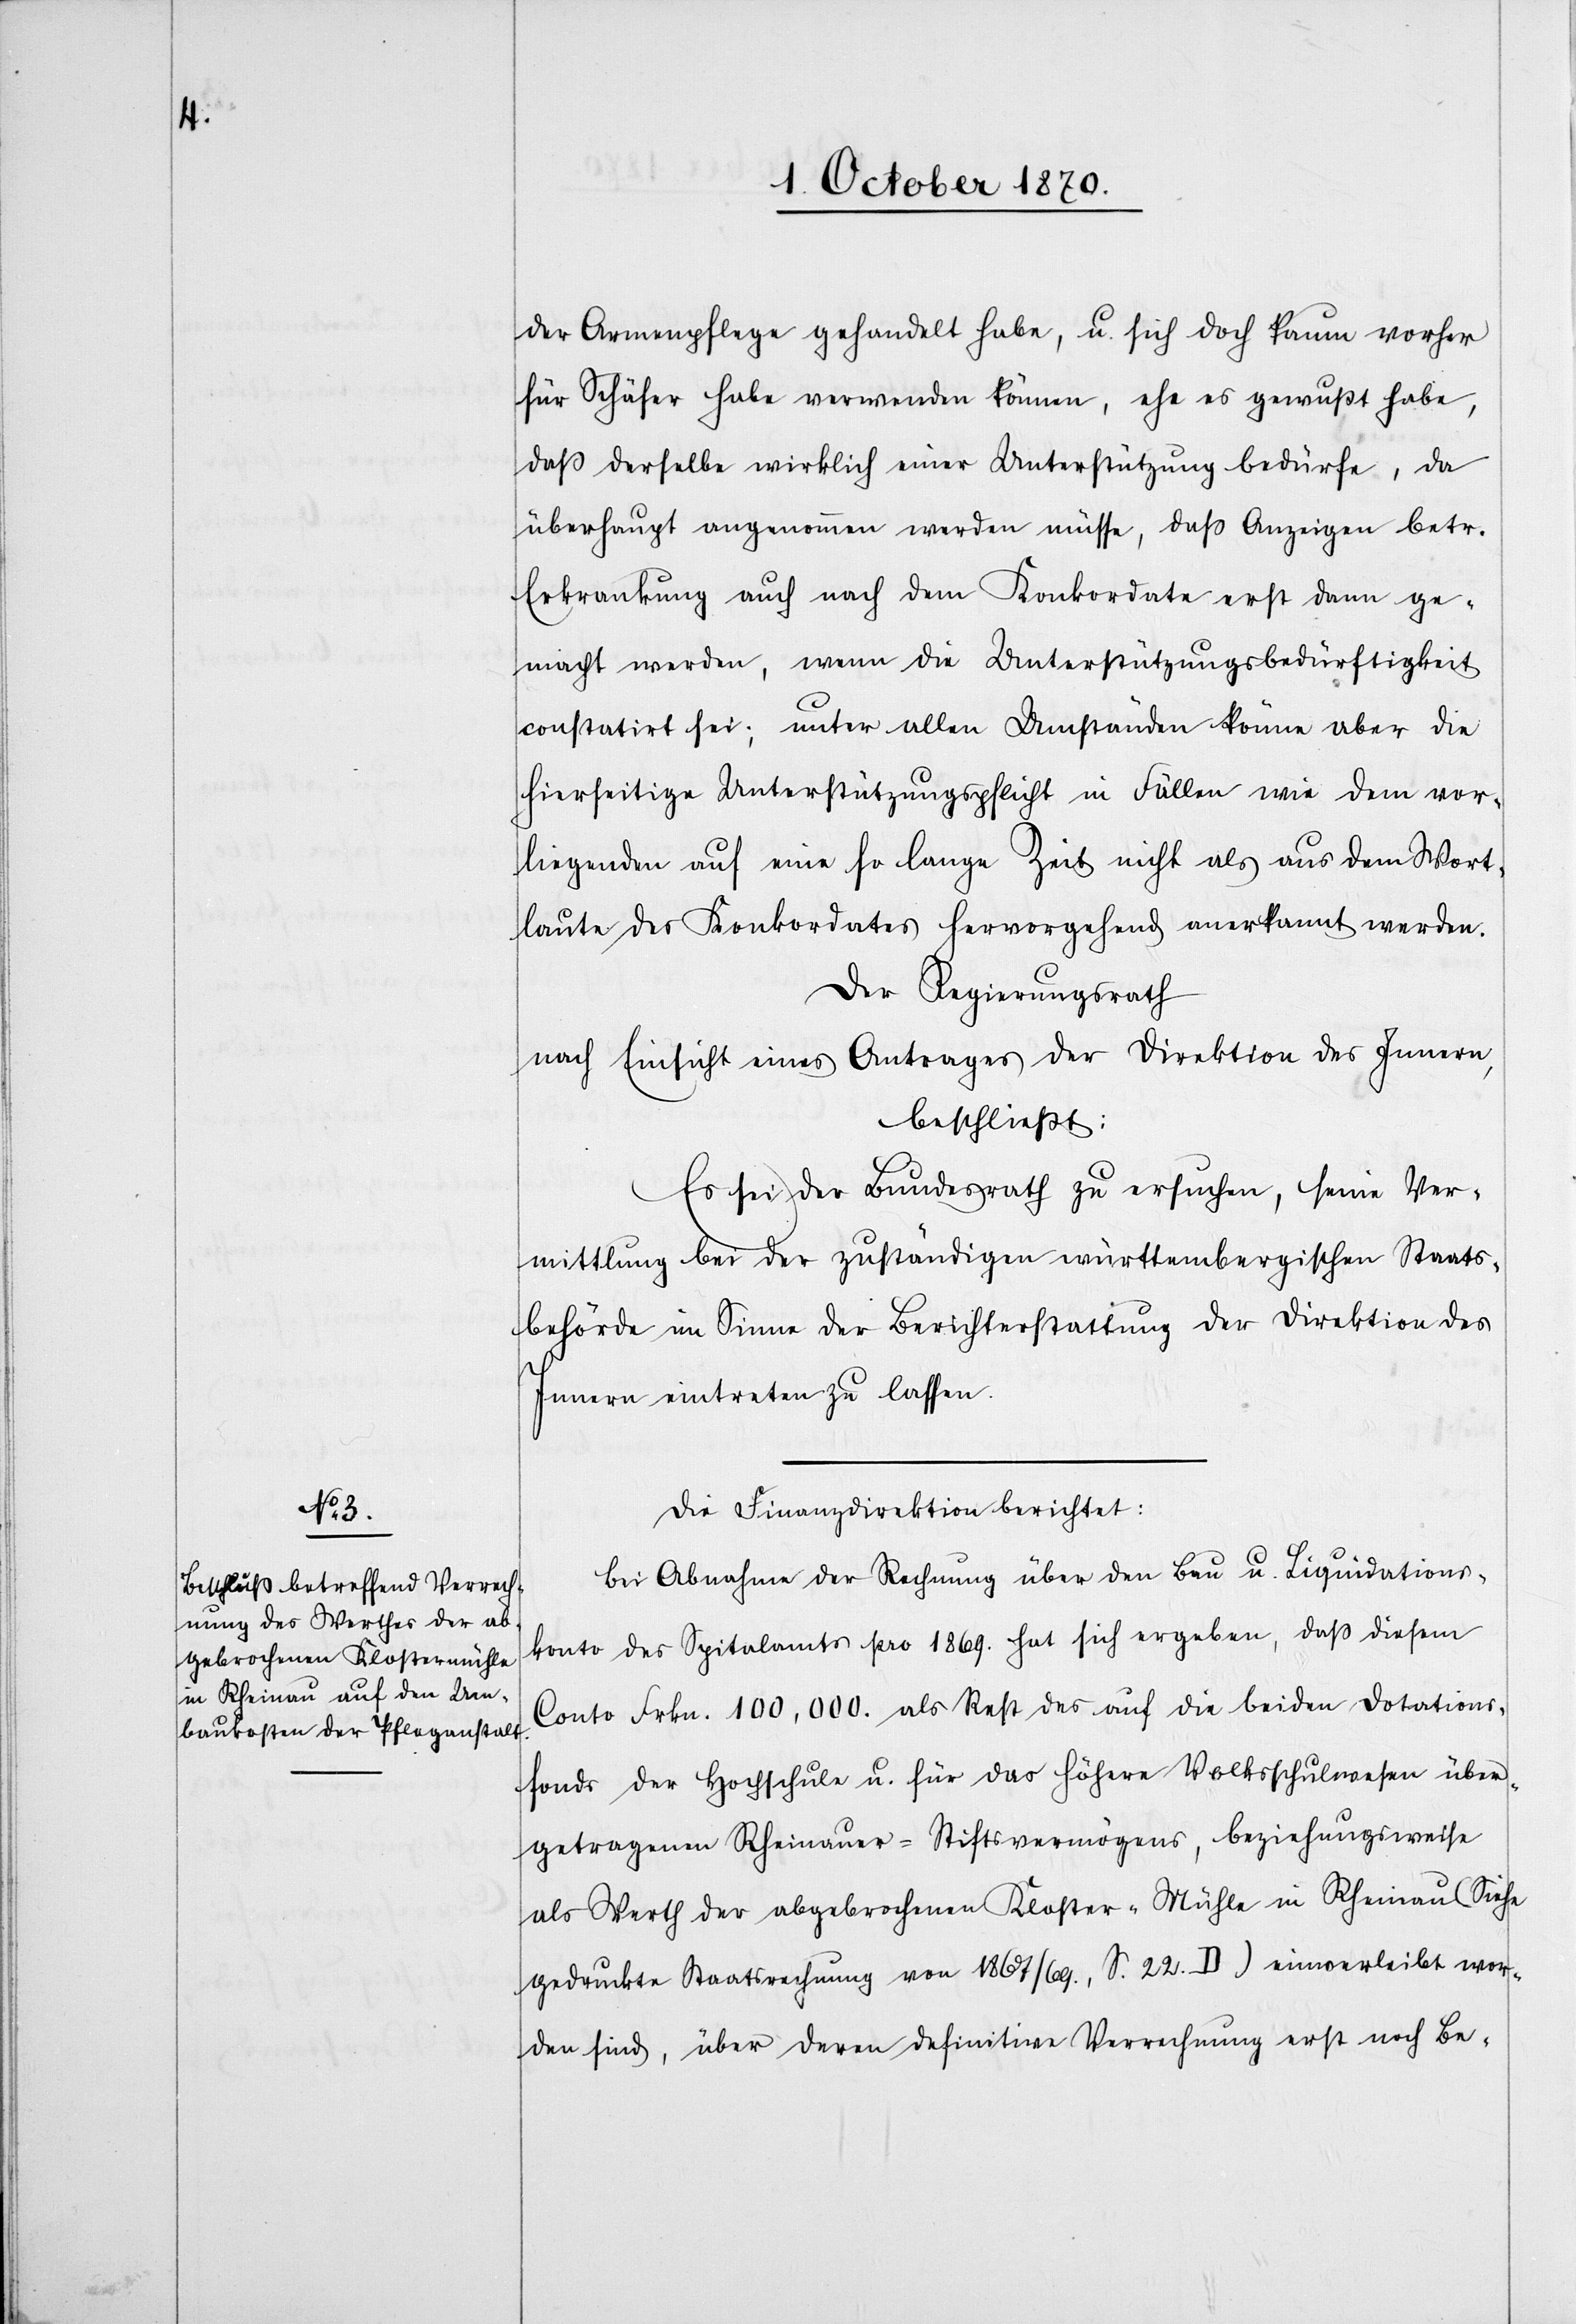
der Armenpflege gehandelt habe, u. sich doch kaum vorher
für Schäfer habe verwenden können, ehe es gewußt habe,
daß derselbe wirklich einer Unterstützung bedürfe, da
überhaupt angenommen werden müsse, daß Anzeigen betr.
Erkrankung auch nach dem Konkordate erst dann ge¬
macht werden, wenn die Unterstützungsbedürftigkeit
constatirt sei; unter allen Umständen könne aber die
hierseitige Unterstützungspflicht in Fällen wie dem vor¬
liegenden auch eine so lange Zeit nicht als aus dem Wort¬
laute des Konkordates hervorgehend anerkannt werden.
Der Regierungsrath
nach Einsicht eines Antrages der Direktion des Innern,
beschließt:
Es sei der Bundesrath zu ersuchen, seine Ver¬
mittlung bei der zuständigen württembergischen Staats¬
behörde im Sinne der Berichterstattung der Direktion des
Innern eintreten zu lassen.
Die Finanzdirektion berichtet:
Bei Abnahme der Rechnung über den Bau u. Liquidations¬
konto des Spitalamts pro 1869 hat sich ergeben, daß diesem
Conto Frkn. 100,000 als Rest des auf die beiden Dotations¬
fonds der Hochschule u. für das höhere Volksschulwesen über¬
getragenen Rheinauer-Stiftsvermögens, beziehungsweise
als Werth der abgebrochenen Kloster-Mühle in Rheinau (Siehe
gedruckte Staatsrechnung von 1867 / 69, S. 22. D) einverleibt wor¬
den sind, über deren definitive Verrechnung erst noch Be-